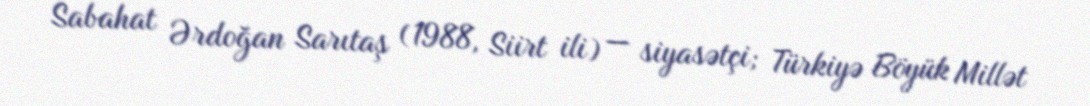
Sabahat Ərdoğan Sarıtaş (1988, Siirt ili) — siyasətçi; Türkiyə Böyük Millət